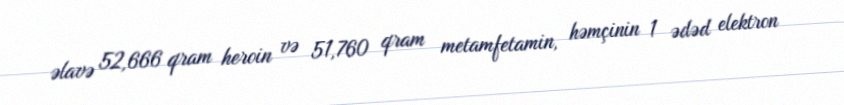
əlavə 52,666 qram heroin və 51,760 qram metamfetamin, həmçinin 1 ədəd elektron